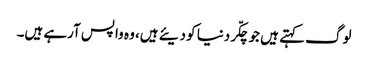
لوگ کہتے ہیں جو چکّر دنیا کو دیئے ہیں، وہ واپس آرہے ہیں۔